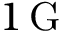
1 \, \mathrm { G }